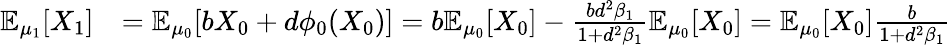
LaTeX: \begin{array}{rl}{\mathbb{E}_{\mu_{1}}[X_{1}]}&{=\mathbb{E}_{\mu_{0}}[bX_{0}+d\phi_{0}(X_{0})]=b\mathbb{E}_{\mu_{0}}[X_{0}]-\frac{bd^{2}\beta_{1}}{1+d^{2}\beta_{1}}\mathbb{E}_{\mu_{0}}[X_{0}]=\mathbb{E}_{\mu_{0}}[X_{0}]\frac{b}{1+d^{2}\beta_{1}}}\end{array}